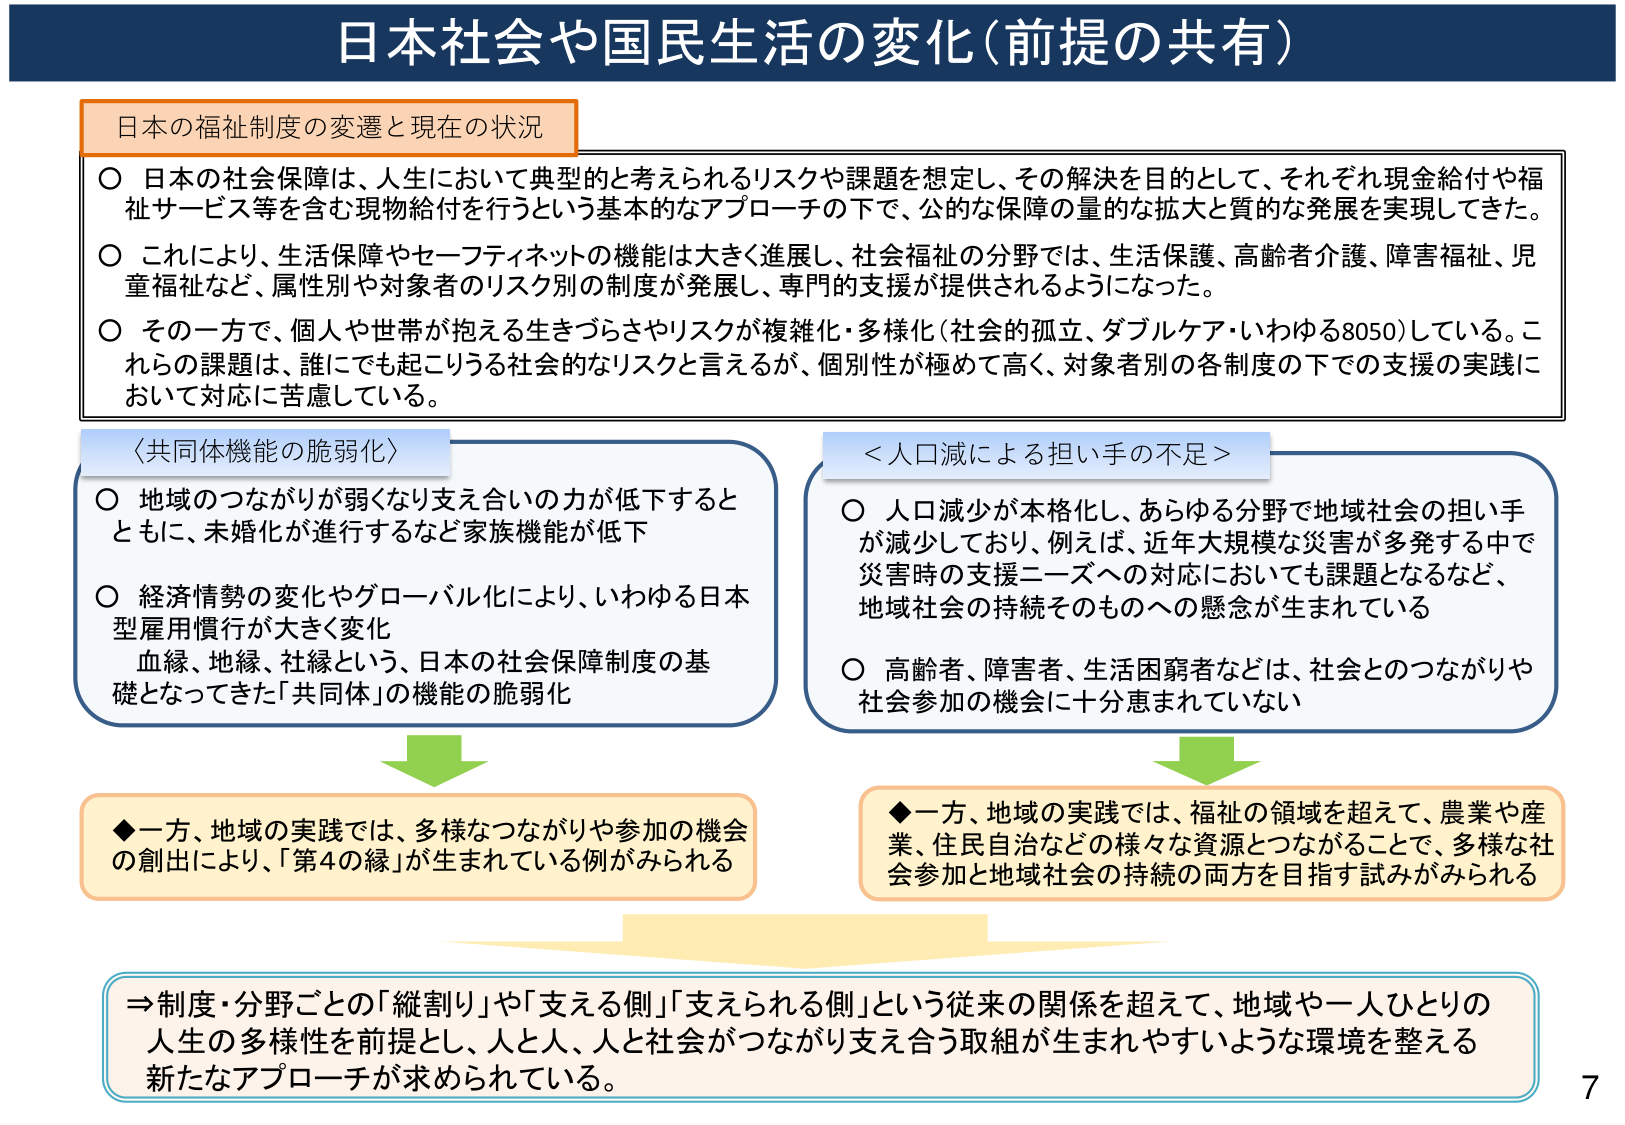
日本社会や国民生活の変化（前提の共有）

日本の福祉制度の変遷と現在の状況

○ 日本の社会保障は、人生において典型的と考えられるリスクや課題を想定し、その解決を目的として、それぞれ現金給付や福祉サービス等を含む現物給付を行うという基本的なアプローチの下で、公的な保障の量的な拡大と質的な発展を実現してきた。

○ これにより、生活保障やセーフティネットの機能は大きく進展し、社会福祉の分野では、生活保護、高齢者介護、障害福祉、児童福祉など、属性別や対象者のリスク別の制度が発展し、専門的支援が提供されるようになった。

○ その一方で、個人や世帯が抱える生きづらさやリスクが複雑化・多様化（社会的孤立、ダブルケア・いわゆる8050）している。これらの課題は、誰にでも起こりうる社会的なリスクと言えるが、個別性が極めて高く、対象者別の各制度の下での支援の実践において対応に苦慮している。

〈共同体機能の脆弱化〉

○ 地域のつながりが弱くなり支え合いの力が低下するとともに、未婚化が進行するなど家族機能が低下

○ 経済情勢の変化やグローバル化により、いわゆる日本型雇用慣行が大きく変化
血縁、地縁、社縁という、日本の社会保障制度の基礎となってきた「共同体」の機能の脆弱化

＜人口減による担い手の不足＞

○ 人口減少が本格化し、あらゆる分野で地域社会の担い手が減少しており、例えば、近年大規模な災害が多発する中で災害時の支援ニーズへの対応においても課題となるなど、地域社会の持続そのものへの懸念が生まれている

○ 高齢者、障害者、生活困窮者などは、社会とのつながりや社会参加の機会に十分恵まれていない

◆一方、地域の実践では、多様なつながりや参加の機会の創出により、「第4の縁」が生まれている例がみられる

◆一方、地域の実践では、福祉の領域を超えて、農業や産業、住民自治などの様々な資源とつながることで、多様な社会参加と地域社会の持続の両方を目指す試みがみられる

⇒制度・分野ごとの「縦割り」や「支える側」「支えられる側」という従来の関係を超えて、地域や一人ひとりの人生の多様性を前提とし、人と人、人と社会がつながり支え合う取組が生まれやすいような環境を整える新たなアプローチが求められている。

7